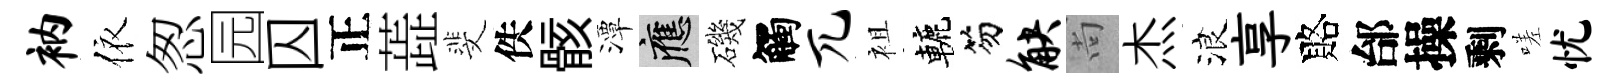
衲依怱园囚正蕋斐佚骸潭應磯觸兀袓轆笏觖尚杰浪享賂邰操剩嗟忧